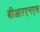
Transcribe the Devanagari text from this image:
बीआरएनएस